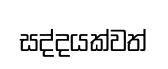
සද්දයක්වත්